Vaccination in Burma 1900-1911 - 1900-1911
Year: 1900
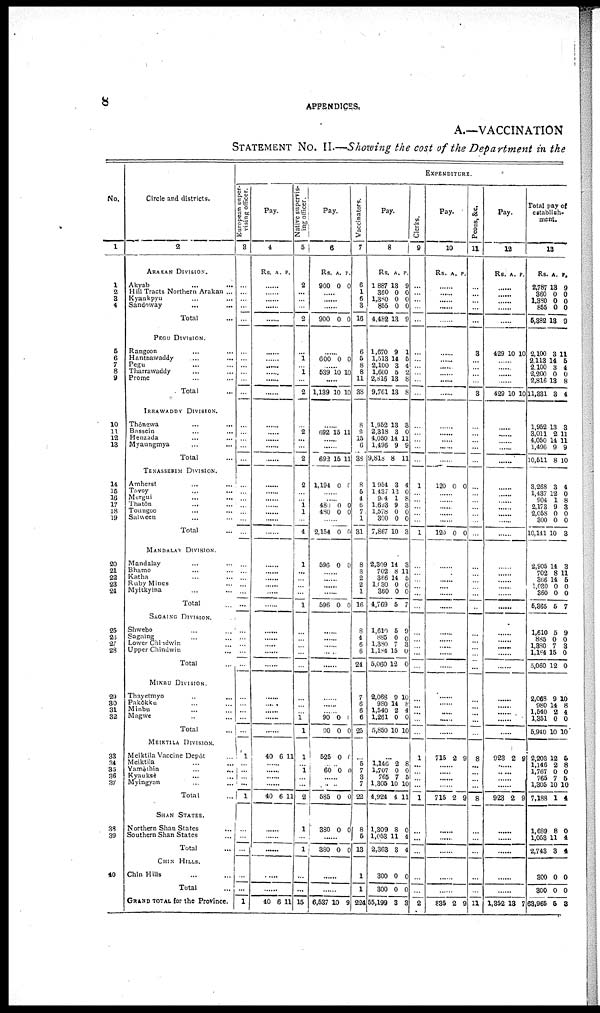
8
APPENDICES.
A.—VACCINATION
STATEMENT NO. II.—Showing the cost of the Department in the
No.
1
1
2
3
4
5
6
7
8
9
10
11
12
13
14
15
16
17
18
19
20
21
22
23
21
25
26
27
28
29
30
31
32
33
34
35
36
37
38
39
40
Circle and districts.
2
ARAKAN DIVISION.
Akyab ... ...
Hill Tracts Northern Arakan ...
Kyankpyu ... ... ...
Sandoway ... ... ...
Total ...
PEGU DIVISION.
Rangoon ... ... ...
Hantnawaddy ... ... ...
Pegu ... ... ...
Tharrawaddy ... ... ...
Prome ... ... ...
Total ...
IRRAWADDY DIVISION.
Thôngwa ... ... ...
Bassein ... ... ...
Henzada ... ... ...
Myaungmya
...
...
Total ...
TENASSERIM DIVISION.
Amherst ... ... ...
Tavoy ... ... ...
Mergui ... ... ...
Thatôn ... ... ...
Toungoo ... ... ...
Salween ... ... ...
Total ...
MANDALAY DIVISION.
Mandalay ... ... ...
Bhamo ... ... ...
Katha ... ... ...
Ruby Mines ... ... ...
Myitkyina ... ... ...
Total ...
SAGAING DIVISION.
Shwebo ... ... ...
Sagaing ... ... ...
Lower Chindwin ... ... ...
Upper Chindwin ... ... ...
Total ...
MINBU DIVISION.
Thayetmyo ... ... ...
Pakôkku ... ... ...
Minbu ... ... ...
Magwe ... ... ...
Total ...
MEIKTILA DIVISION.
Meiktila Vaccine Depôt ...
Meiktila ... ... ...
Yamèthin
...
...
...
Kyauksè ... ... ...
Myingyan ... ... ...
Total ...
SHAN STATES.
Northern Shan States ...
Southern Shan States ...
Total ...
CHIN HILLS.
Chin Hills ... ...
Total ...
GRAND TOTAL for the Province.
EXPENDITURE.
European super-
vising officer.
3
...
...
...
...
...
...
...
...
...
...
...
...
...
...
...
...
...
...
... ...
...
...
...
...
...
...
...
...
...
...
...
... ...
...
...
... ...
...
...
1
...
...
...
...
1
...
...
...
...
...
1
Pay.
4
Rs. A. P.
......
......
......
......
......
......
......
......
......
......
......
......
......
......
......
......
......
......
...... ......
......
......
......
......
......
......
......
......
......
......
......
...... ......
......
......
......
......
......
......
40 6 11
......
......
......
......
40 6 11
......
......
......
......
......
40 6 11
Native supervis-
ing officer.
5
2
...
...
...
2
...
1
...
1
...
2
...
2
...
...
2
2
...
... 1
1
...
4
1
...
...
...
...
1
...
...
... ...
...
...
... ... 1
1
1
... 1
...
...
2
1
...
1
...
...
15
Pay.
6
Rs.
900
A.
0
P.
0
......
......
......
900 0 0
......
600 0 0
539 10 10
.....
1,139 10 10
......
692 15 11
......
......
692 15 11
1,194 0 0
......
...... 480
480
0
0 0
0
......
2,154 0 0
596 0 0
......
......
......
......
596 0 0
......
......
...... ......
......
......
...... ...... 90
90
0
0
0
0
525 0 0
...... 60 0 0
......
......
585 0 0
380 0 0
......
380 0 0
......
......
6,537 10 9
Vaccinators.
7
6
1
6
3
16
6
5
8
8
11
38
8
8
15
6
38
8
6
4
6
7
1
31
8
3
2
2
1
16
8
4
6
6
24
7
6
6
6
25
...
5
7
3
7
22
8
5
13
1
1
224
Pay.
8
Rs.
1,887
360
1,380
855
4,482
A.
13
0
0
0
13
P.
9
0
0
0
9
1,670
1,513
2,100
1,660
2,816
9,761
9
14
3
5
13
13
1
5
4
2
8
8
1,952
2,318
4,050
1,496
9,814
13
3
14
9
8
3
0
11
9
11
1,954
1,437
904
1,693
1,578
300
7,867
3
12
1
9
0
0
10
4
0
8
3
0
0
3
2,309
702
366
1,030
360
4,769
14
8
14
0
0
5
3
11
5
0
0
7
1,610
885
1,380
1,184
5,060
5
0
7
15
12
9
0
3
0
0
2,068
980
1,540
1,261
5,850
9
14
2
0
10
10
8
4
0
10
...
1,146
1,707
765
1,305
4,924
2
0
7
10
4
8 0
5
10
11
1,309
1,053
2,363
8
11
3
0
4
4
300
300
55,199
0
0
3
0
0
8
Clerks.
9
...
...
...
...
...
...
...
...
...
...
...
...
...
...
...
...
1
...
... ...
...
...
1
...
...
...
...
...
...
...
...
... ...
...
...
... ...
...
...
1
...
...
...
...
1
...
...
...
...
...
2
Pay.
10
Rs. A. P.
......
......
......
......
......
......
......
......
......
......
......
......
......
......
......
......
120 0 0
......
...... ......
......
......
120 0 0
......
......
......
......
......
......
......
......
...... ......
......
......
...... ......
......
......
715 2 9
......
......
......
......
715 2 9
......
......
......
......
......
835 2 9
Peons, &c
11
...
...
...
...
...
3
...
...
...
...
3
...
...
...
...
...
...
...
... ...
...
...
...
...
...
...
...
...
...
...
...
... ...
...
...
... ...
...
...
8
...
...
...
...
8
...
...
...
...
...
11
Pay.
12
Rs. A. P.
......
......
......
......
......
429 10 10
......
......
......
......
429 10 10
......
......
......
......
......
......
......
...... ......
......
......
......
......
......
......
......
......
......
......
......
...... ......
......
......
...... ......
......
......
923 2 9
......
......
......
......
923 2 9
......
......
......
......
......
1,352 13 7
Total pay of
establish-
ment.
13
Rs.
2,787
360
1,380
855
5,382
A.
13
0
0
0
13
P.
9
0
0
0
9
2,100
2,113
2,100
2,200
2,816
11,331
3
14
3
0
13
3
11
5
4
0
8
4
1,952
3,011
4,050
1,496
10,511
13
2
14
9
8
3
11
11
9
10
3,268
1,437
904
2,173
2,058
300
10,141
3
12
1
9
0
0
10
4
0
8
3
0
0
3
2,905
702
366
1,030
360
5,365
14
8
14
0
0
5
3
11
5
0
0
7
1,610
885
1,380
1,184
5,060
5
0
7
15
12
9
0
3
0
0
2,068
980
1,540
1,351
5,940
9
14
2
0
10
10
8
4
0
10
2,203
1,146
1,767
765
1,305
7,188
12
2
0
7
10
1
5
8
0
5
10
4
1,689
1,053
2,748
8
11
3
0
4
4
300
300
63,965
0
0
5
0
0
8